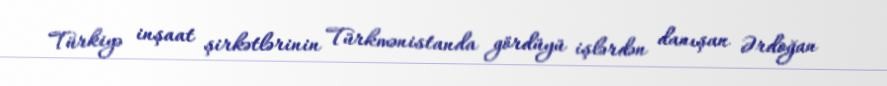
Türkiyə inşaat şirkətlərinin Türkmənistanda gördüyü işlərdən danışan Ərdoğan